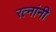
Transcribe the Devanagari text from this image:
रत्नांनी